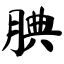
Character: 腆